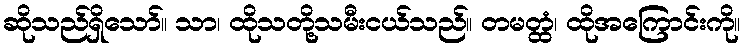
ဆိုသည်ရှိသော်။ သာ၊ ထိုသတို့သမီးငယ်သည်။ တမတ္ထံ၊ ထိုအကြောင်းကို။